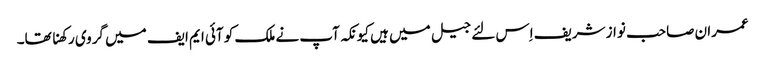
عمران صاحب نواز شریف اِس لئے جیل میں ہیں کیونکہ آپ نے ملک کو آئی ایم ایف میں گروی رکھنا تھا۔